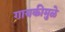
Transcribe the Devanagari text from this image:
गायकीमुळे